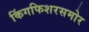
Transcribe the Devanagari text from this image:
किंगफिशरसमोर